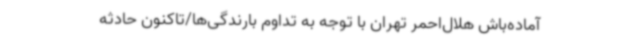
آماده‌باش هلال‌احمر تهران با توجه به تداوم بارندگی‌ها/تاکنون حادثه‌